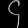
Digit: ၄